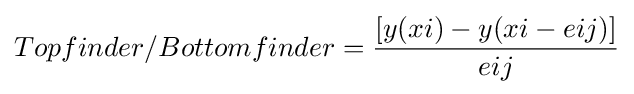
Topfinder/Bottomfinder={[y(xi)-y(xi-eij)] \over eij}